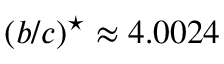
( b / c ) ^ { \star } \approx 4 . 0 0 2 4